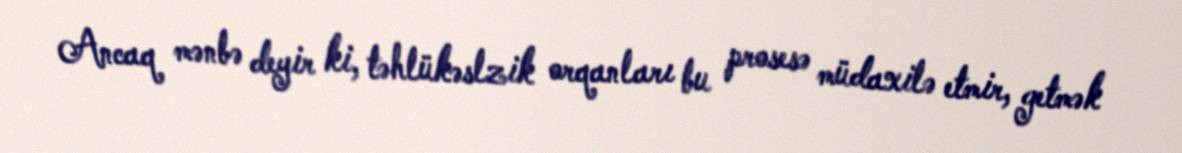
Ancaq mənbə deyir ki, təhlükəslzik orqanları bu prosesə müdaxilə etmir, getmək